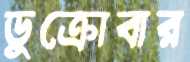
ডুক্‌রোবার